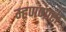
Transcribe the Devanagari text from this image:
म्हणणारा